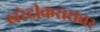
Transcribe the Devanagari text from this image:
खरेदीकरारावर